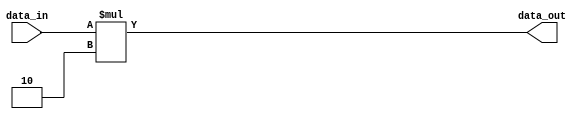
module generate_func #
(
  parameter WIDTH = 8
)
(
  input [WIDTH-1:0] data_in,
  output reg [WIDTH-1:0] data_out
);

always @(*)
begin
  // Specify algorithm for processing input data
  data_out = data_in * 2;
end

endmodule